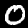
Digit: 0